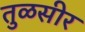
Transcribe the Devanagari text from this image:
तुळसीर